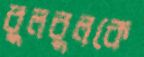
বুলবুলকে